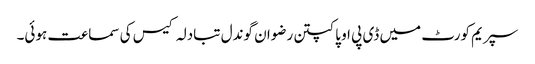
سپریم کورٹ میں ڈی پی او پاکپتن رضوان گوندل تبادلہ کیس کی سماعت ہوئی۔